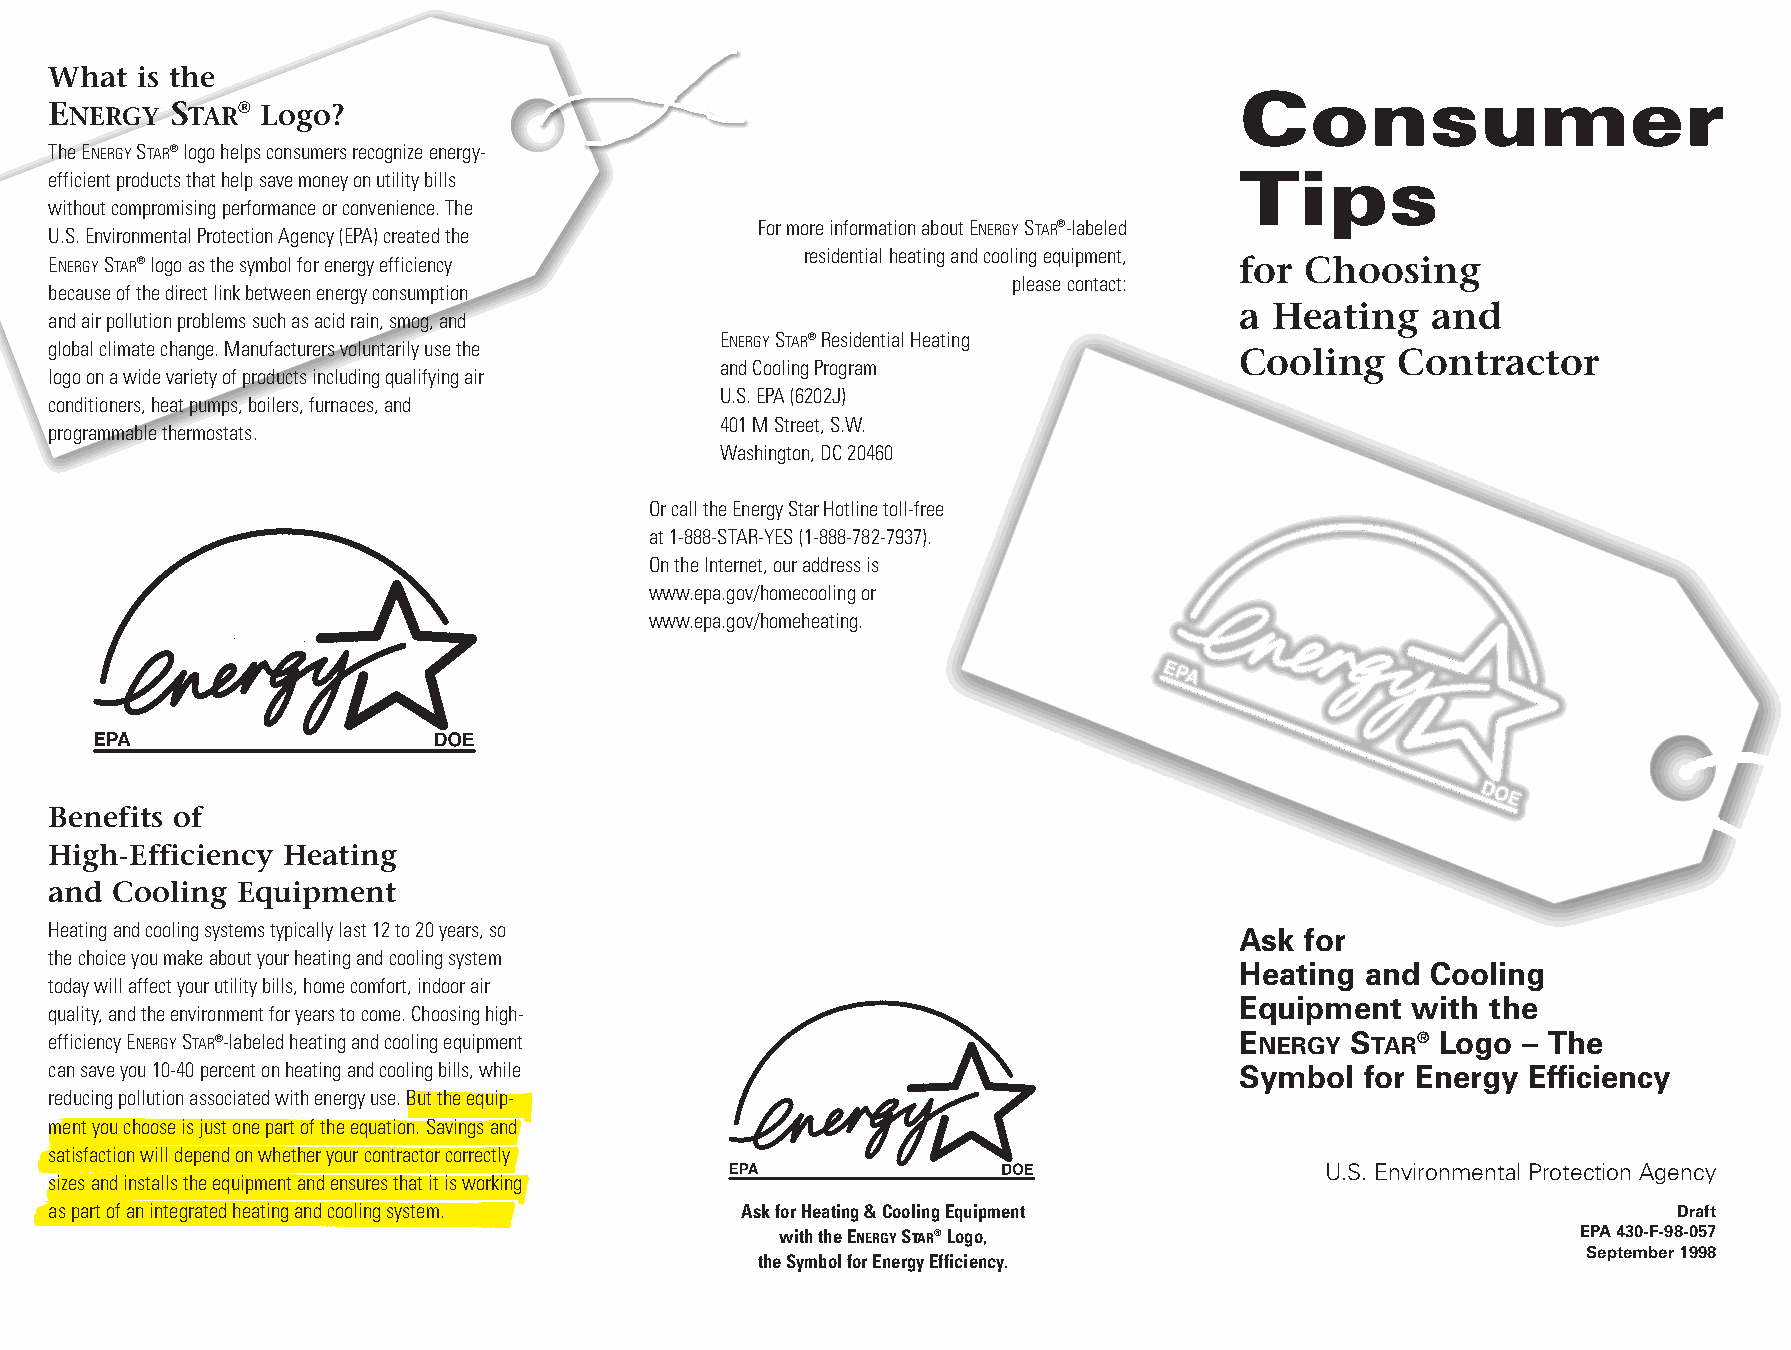
What  is the
 Consumer
 ENERGY  STAR® Logo?
 The ENERGYSTAR®logo helps consumers recognize energy-
 Tips
 efficient products that help save money on utility bills
 without compromising performance or convenience. The
 U.S. Environmental Protection Agency (EPA) created the
 For more information about ENERGYSTAR®-labeled
 residential heating and cooling equipment,
 ENERGYSTAR®logo as the symbol for energy efficiency                            for Choosing
 please contact:
 because of the direct link between energy consumption
 a Heating    and
 and air pollution problems such as acid rain, smog, and
 global climate change. Manufacturers voluntarily use the
 ENERGYSTAR®Residential Heating
 Cooling    Contractor
 and Cooling Program
 logo on a wide variety of products including qualifying air
 U.S. EPA (6202J)
 conditioners, heat pumps, boilers, furnaces, and
 401 M Street, S.W.
 programmable thermostats.
 Washington, DC 20460
 Or call the Energy Star Hotline toll-free
 at 1-888-STAR-YES (1-888-782-7937).
 On the Internet, our address is
 www.epa.gov/homecooling or
 www.epa.gov/homeheating.
 Benefits of
 High-Efficiency Heating
 and Cooling  Equipment
 Heating and cooling systems typically last 12 to 20 years, so                  Ask for
 the choice you make about your heating and cooling system
 Heating and  Cooling
 today will affect your utility bills, home comfort, indoor air
 Equipment  with  the
 quality, and the environment for years to come. Choosing high-
 efficiency ENERGYSTAR®-labeled heating and cooling equipment                   E NERGY S TAR® Logo – The
 can save you 10-40 percent on heating and cooling bills, while                 Symbol  for Energy Efficiency
 reducing pollution associated with energy use. But the equip-
 ment you choose is just one part of the equation. Savings and
 satisfaction will depend on whether your contractor correctly
 U.S. Environmental Protection Agency
 sizes and installs the equipment and ensures that it is working
 as part of an integrated heating and cooling system. Ask for Heating & Cooling Equipment                    Draft
 with the ENERGYSTAR®Logo,                            EPA 430-F-98-057
 September 1998
 the Symbol for Energy Efficiency.